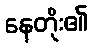
နေတိုး၏